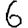
Digit: 6